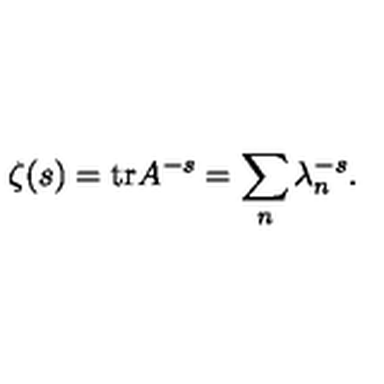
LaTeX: \zeta ( s ) = \mathrm { t r } A ^ { - s } = \sum _ { n } \lambda _ { n } ^ { - s } .